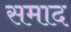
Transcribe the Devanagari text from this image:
समाद